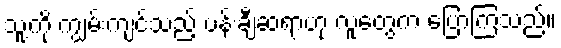
သူ့ကို ကျွမ်းကျင်သည့် ပန်းချီဆရာဟု လူတွေက ပြောကြသည်။